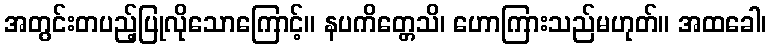
အတွင်းတပည့်ပြုလိုသောကြောင့်။ နပကိတ္တေသိ၊ ဟောကြားသည်မဟုတ်။ အထခေါ၊